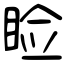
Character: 睑